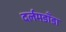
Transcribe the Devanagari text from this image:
दर्लमडाँडा